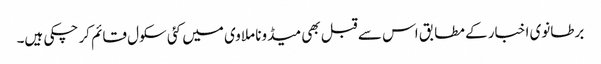
برطانوی اخبار کے مطابق اس سے قبل بھی میڈونا ملاوی میں کئی سکول قائم کر چکی ہیں۔